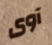
آوى